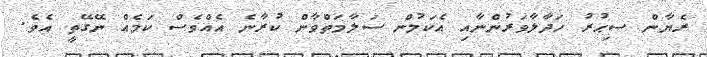
ރެޔާން ސިޙުރު ހަދާލާވަރުންނާއި އެކަމުން ސަލާމަތްވާން ކުރާނެ އެއްވެސް ކަމެއް ނޭގޭތީ އެވެ.